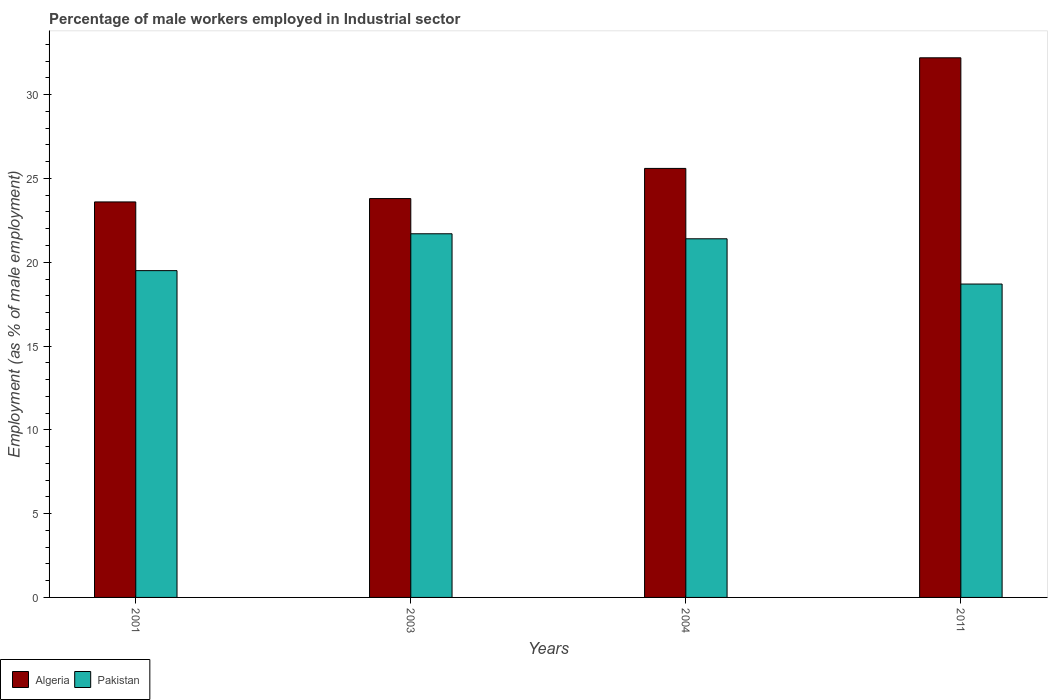
| Years | Algeria | Pakistan |
 | --- | --- | --- |
 | 2001 | 23.6 | 19.5 |
 | 2003 | 23.8 | 21.7 |
 | 2004 | 25.6 | 21.4 |
 | 2011 | 32.2 | 18.7 |